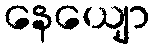
နေယျော